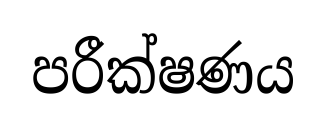
පරීක්ෂණය